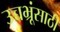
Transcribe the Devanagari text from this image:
उच्चभ्रूंसाठी